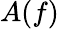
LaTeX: A(f)